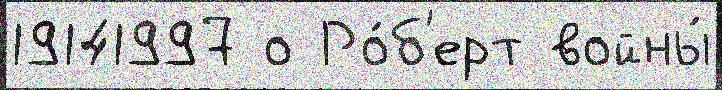
19141997 о Ро́б'ерт войны́